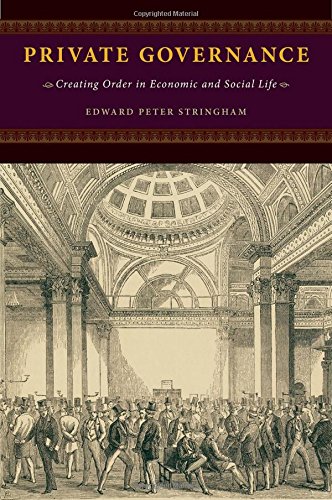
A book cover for Private Governance: Creating Order in Economic and Social Life; Edward Peter Stringham; Business & Money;